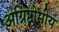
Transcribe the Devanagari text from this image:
अग्निष्टोमीय